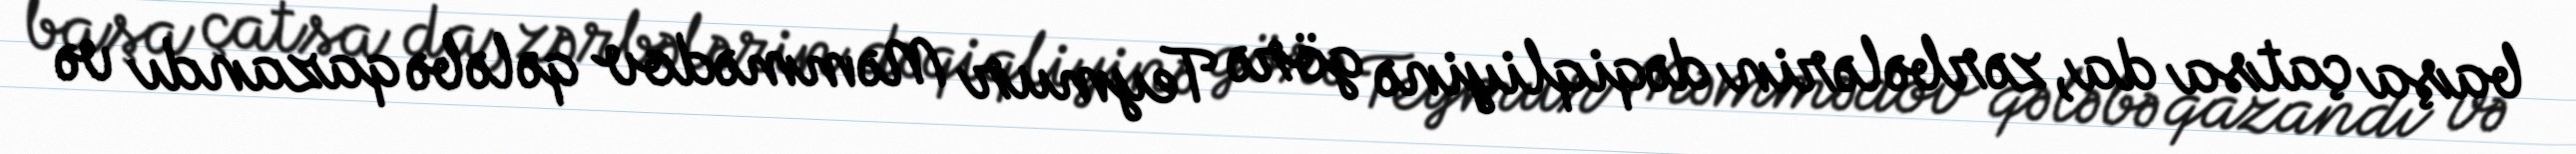
başa çatsa da, zərbələrin dəqiqliyinə görə Teymur Məmmədov qələbə qazandı və